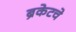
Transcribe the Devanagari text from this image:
ब्रेकेटचे